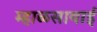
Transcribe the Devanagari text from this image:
म्हाळसाबाई